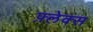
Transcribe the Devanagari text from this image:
फ़्लेक्स